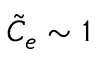
\tilde { C } _ { e } \sim 1